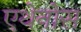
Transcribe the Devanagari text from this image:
एथेनोस